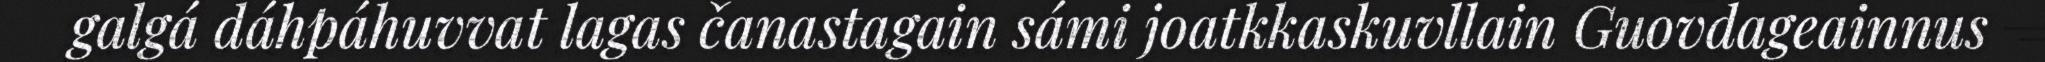
galgá dáhpáhuvvat lagas čanastagain sámi joatkkaskuvllain Guovdageainnus